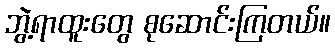
ဘွဲ့ရာထူးတွေ စုဆောင်းကြတယ်။